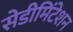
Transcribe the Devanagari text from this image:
सेडीमिंटेशन